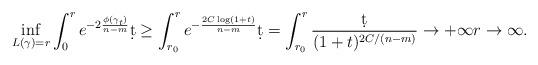
LaTeX: \begin{align*} \inf_{L(\gamma)=r}\int_0^re^{-2\frac{\phi(\gamma_t)}{n-m}}\d t\geq \int_{r_0}^re^{-\frac{2C\log (1+t)}{n-m}}\d t=\int_{r_0}^{r}\frac{\d t}{(1+t)^{2C/(n-m)}}\to +\infty r\to\infty. \end{align*}